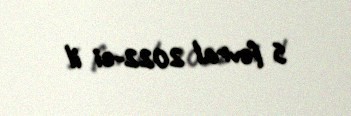
5 fevral 2022-ci il